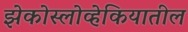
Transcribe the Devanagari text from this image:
झेकोस्लोव्हेकियातील